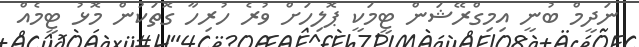
ނަދީމް ބުނީ އިމިގްރޭޝަން ޓީމަކީ ޕޮލިހަށް ވުރެ ހުރިހާ ގޮތަކުން މޮޅު ޓީމެއް